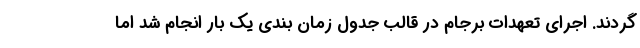
گردند. اجرای تعهدات برجام در قالب جدول زمان بندی یک بار انجام شد اما